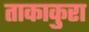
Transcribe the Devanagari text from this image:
ताकाकुरा